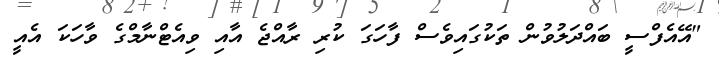
"އޭއެފްސީ ބައްދަލުވުން ތަކުގައިވެސް ފާހަގަ ކުރި ރާއްޖެ އާއި ވިއެޓްނާމްގެ ވާހަކަ އެއީ